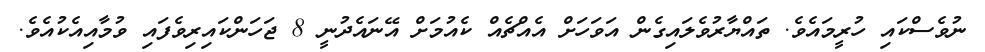
ނުވެސްކައި ހުރީމައެވެ. ތައްޔާރުވެލައިގެން އަވަހަށް އެއްޗެއް ކެއުމަށް އޭނައެދުނީ 8 ޖަހަންކައިރިވެފައި ވުމާއިއެކުއެވެ.